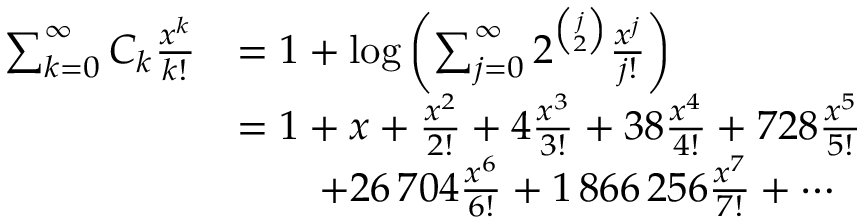
\begin{array} { r l } { \sum _ { k = 0 } ^ { \infty } C _ { k } \frac { x ^ { k } } { k ! } } & { = 1 + \log \left( \sum _ { j = 0 } ^ { \infty } 2 ^ { \binom { j } { 2 } } \frac { x ^ { j } } { j ! } \right) } \\ & { = 1 + x + \frac { x ^ { 2 } } { 2 ! } + 4 \frac { x ^ { 3 } } { 3 ! } + 3 8 \frac { x ^ { 4 } } { 4 ! } + 7 2 8 \frac { x ^ { 5 } } { 5 ! } } \\ & { \qquad + 2 6 \, 7 0 4 \frac { x ^ { 6 } } { 6 ! } + 1 \, 8 6 6 \, 2 5 6 \frac { x ^ { 7 } } { 7 ! } + \cdots } \end{array}